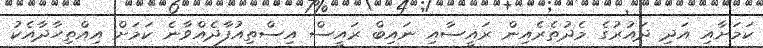
ކަމަށާއި އަދި ދައުރުގެ މެދުތެރެއިން ރައީސާއި ނައިބް ރައީސް އިސްތިއުފާދެއްވާނެ ކަމަށް އިއްތިހާދާއެކު